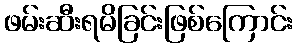
ဖမ်းဆီးရမိခြင်းဖြစ်ကြောင်း